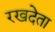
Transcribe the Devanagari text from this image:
रखदेता